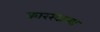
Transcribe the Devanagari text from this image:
कारखान्या